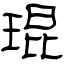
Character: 琨